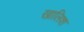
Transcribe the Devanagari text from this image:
खालिश